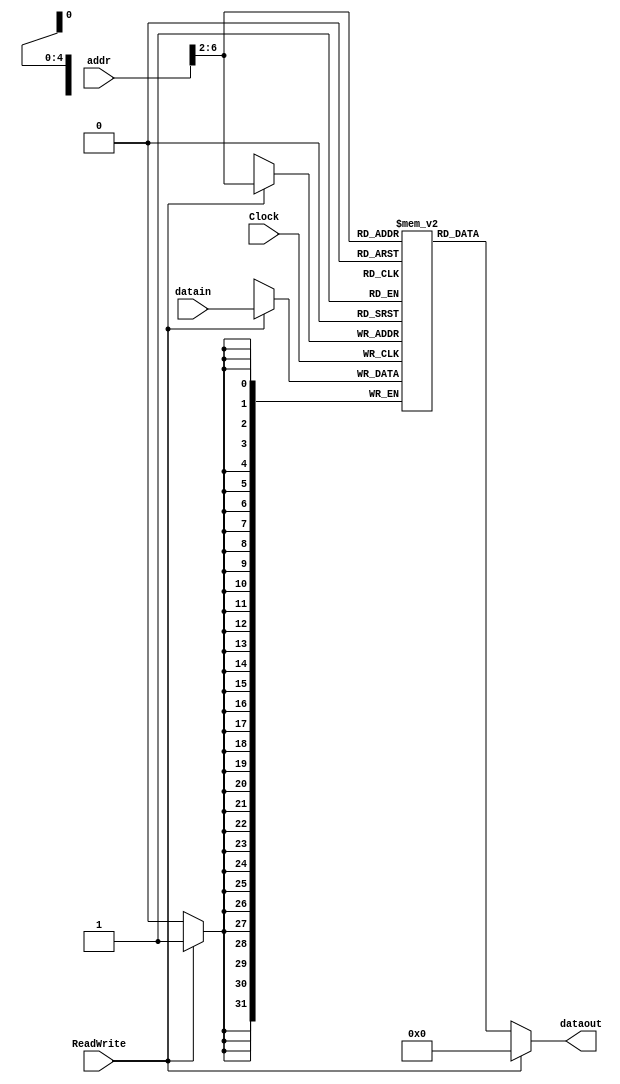
`timescale 1ns / 1ps
//////////////////////////////////////////////////////////////////////////////////
// Company: 
// Engineer: 
// 
// Design Name: 
// Module Name:    DATA_MEM 
// Project Name: 
// Target Devices: 
// Tool versions: 
// Description: 
//
// Dependencies: 
//
// Revision: 
// Revision 0.01 - File Created
// Additional Comments: 
//
//////////////////////////////////////////////////////////////////////////////////
module DATA_MEM(dataout, datain, addr, ReadWrite, Clock);
	output	[31:0]	dataout;
	input		[31:0]	datain;
	input		[31:0]	addr;
	input					ReadWrite; 
	input 				Clock;

	reg [31:0] ram [0:31];
	
	assign dataout = ReadWrite == 0? ram[addr[6:2]] : 0;
	
	always @(posedge Clock)
	    if (ReadWrite) ram[addr[6:2]] = datain;
	
	integer i;
	
	initial begin
			for ( i = 0 ; i <= 31 ; i = i + 1) ram [i] = i * i;
	end		
	

endmodule